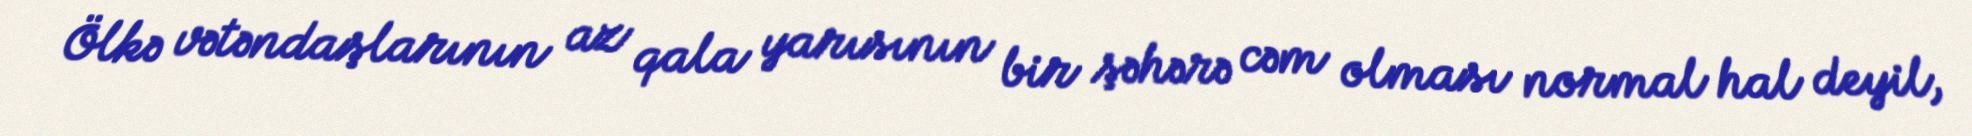
Ölkə vətəndaşlarının az qala yarısının bir şəhərə cəm olması normal hal deyil,